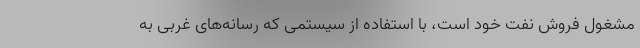
مشغول فروش نفت خود است، با استفاده از سیستمی که رسانه‌های غربی به